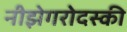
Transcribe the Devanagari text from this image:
नीझेगरोदस्की